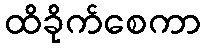
ထိခိုက်စေကာ